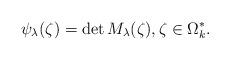
LaTeX: \begin{align*}\psi_\lambda(\zeta) = \det M_\lambda(\zeta) , \zeta \in \Omega_k^*.\end{align*}